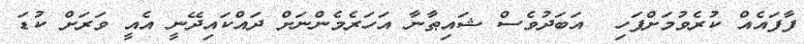
ފާފައެއް ކުރެވުމަށްފަހި  އަބަދުވެސް ޝައިޠާނާ އަހަރެމެންނަށް ދައްކައިދޭނީ އެއީ ވަރަށް ކުޑަ